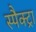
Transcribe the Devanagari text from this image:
स्पैक्ट्रा